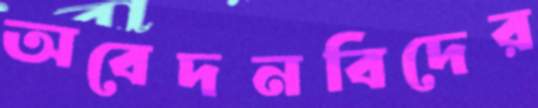
অবেদনবিদের